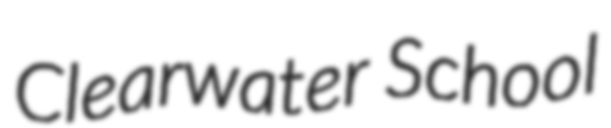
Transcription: Clearwater School